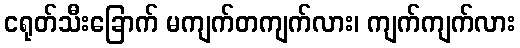
ငရုတ်သီးခြောက် မကျက်တကျက်လား၊ ကျက်ကျက်လား